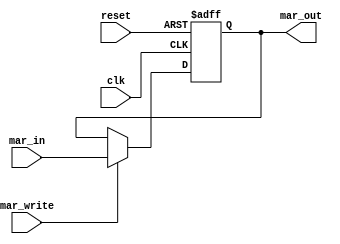
module MemoryAddressRegister (
  input wire clk,
  input wire reset,
  input wire mar_write,
  input wire [15:0] mar_in,
  output reg [15:0] mar_out
);
  always @(posedge clk or posedge reset) begin
    if (reset) begin
      mar_out <= 16'b0;
    end else if (mar_write) begin
      mar_out <= mar_in;
    end
  end
endmodule